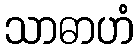
သာဓာဟံ